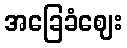
အခြေခံဈေး